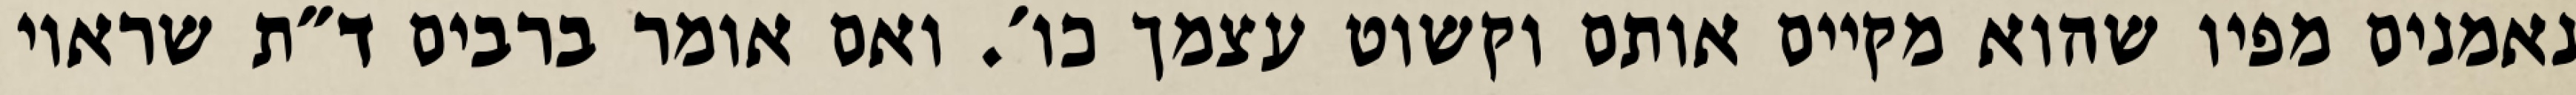
נאמנים מפיו שהוא מקיים אותם וקשוט עצמך כו׳. ואם אומר ברבים ד״ת שראוי